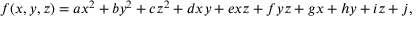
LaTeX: f ( x , y , z ) = a x ^ { 2 } + b y ^ { 2 } + c z ^ { 2 } + d x y + e x z + f y z + g x + h y + i z + j ,